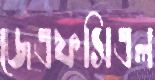
জেএফসিএল